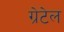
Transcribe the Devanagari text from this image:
ग्रेटेल